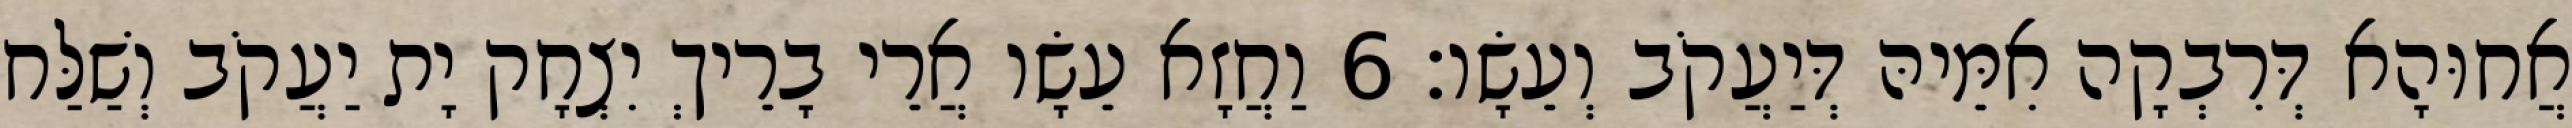
אֲחוּהָא דְּרִבְקָה אִמֵּיהּ דְּיַעֲקֹב וְעֵשָׂו׃ 6 וַחֲזָא עֵשָׂו אֲרֵי בָרֵיךְ יִצְחָק יָת יַעֲקֹב וְשַׁלַּח